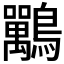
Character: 𪈀